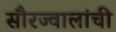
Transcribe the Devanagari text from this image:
सौरज्वालांची